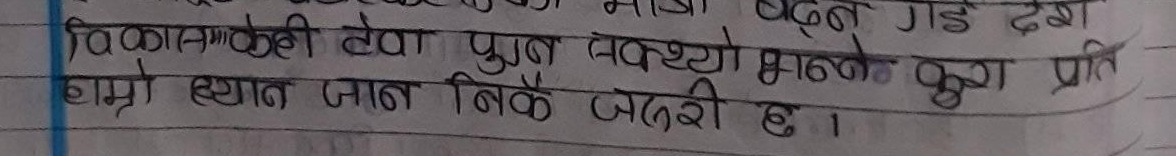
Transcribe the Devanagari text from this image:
विकासको सेवा पूर्ण अवश्यै भन्ने कुरा प्रति
हाम्रो स्थान जान निकै जरुरी छ ।